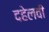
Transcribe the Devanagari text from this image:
दहेलवी